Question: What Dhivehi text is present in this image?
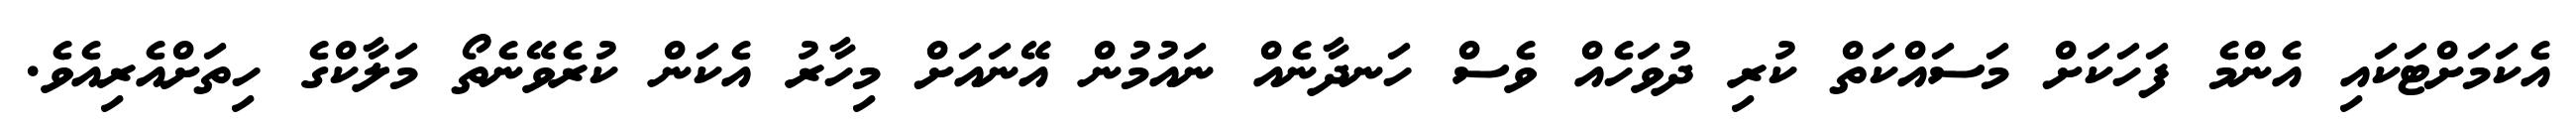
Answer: އެކަމަށްޓަކައި އެންމެ ފަހަކަށް މަސައްކަތް ކުރި ދުވަހެއް ވެސް ހަނދާނެއް ނައުމުން އޭނައަށް މިހާރު އެކަން ކުރެވޭނެތޯ މަލާކްގެ ހިތަށްއެރިއެވެ.